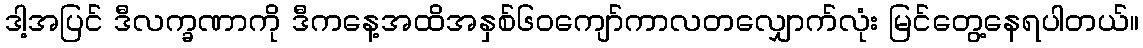
ဒါ့အပြင် ဒီလက္ခဏာကို ဒီကနေ့အထိအနှစ်၆ဝကျော်ကာလတလျှောက်လုံး မြင်တွေ့နေရပါတယ်။